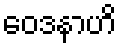
ဝေဒနာဟိ